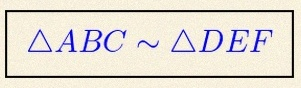
\triangle ABC\sim\triangle DEF